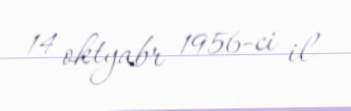
14 oktyabr 1956-ci il